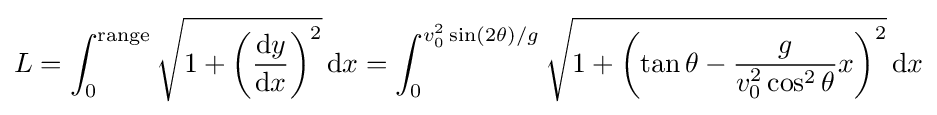
L=\int _{0}^{\mathrm {range} }{\sqrt {1+\left({\frac {\mathrm {d} y}{\mathrm {d} x}}\right)^{2}}}\,\mathrm {d} x=\int _{0}^{v_{0}^{2}\sin(2\theta )/g}{\sqrt {1+\left(\tan \theta -{g \over {v_{0}^{2}\cos ^{2}\theta }}x\right)^{2}}}\,\mathrm {d} x